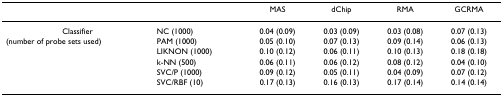
<table><thead><tr><td></td><td></td><td><b>MAS</b></td><td><b>dChip</b></td><td><b>RMA</b></td><td><b>GCRMA</b></td></tr></thead><tbody><tr><td>Classifier</td><td>NC (1000)</td><td>0.04 (0.09)</td><td>0.03 (0.09)</td><td>0.03 (0.08)</td><td>0.07 (0.13)</td></tr><tr><td>(number of probe sets used)</td><td>PAM (1000)</td><td>0.05 (0.10)</td><td>0.07 (0.13)</td><td>0.09 (0.14)</td><td>0.06 (0.13)</td></tr><tr><td></td><td>LIKNON (1000)</td><td>0.10 (0.12)</td><td>0.06 (0.11)</td><td>0.10 (0.13)</td><td>0.18 (0.18)</td></tr><tr><td></td><td>k-NN (500)</td><td>0.06 (0.11)</td><td>0.06 (0.12)</td><td>0.08 (0.12)</td><td>0.04 (0.10)</td></tr><tr><td></td><td>SVC/P (1000)</td><td>0.09 (0.12)</td><td>0.05 (0.11)</td><td>0.04 (0.09)</td><td>0.07 (0.12)</td></tr><tr><td></td><td>SVC/RBF (10)</td><td>0.17 (0.13)</td><td>0.16 (0.13)</td><td>0.17 (0.14)</td><td>0.14 (0.14)</td></tr></tbody></table>